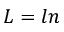
L = l n